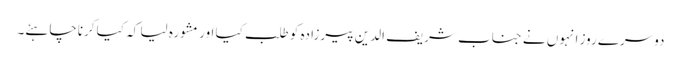
دوسرے روز انہوں نے جناب شریف الدین پیرزادہ کو طلب کیا اور مشورہ لیا کہ کیا کرناچاہئے۔